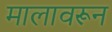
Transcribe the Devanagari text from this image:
मालावरून